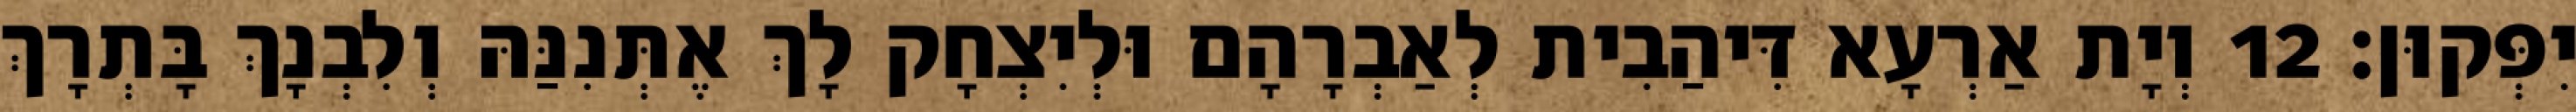
יִפְּקוּן׃ 12 וְיָת אַרְעָא דִּיהַבִית לְאַבְרָהָם וּלְיִצְחָק לָךְ אֶתְּנִנַּהּ וְלִבְנָךְ בָּתְרָךְ